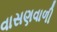
વાસણવાળી